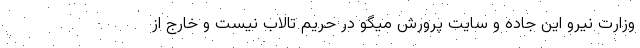
وزارت نیرو این جاده و سایت پرورش میگو در حریم تالاب نیست و خارج از